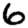
Digit: 6